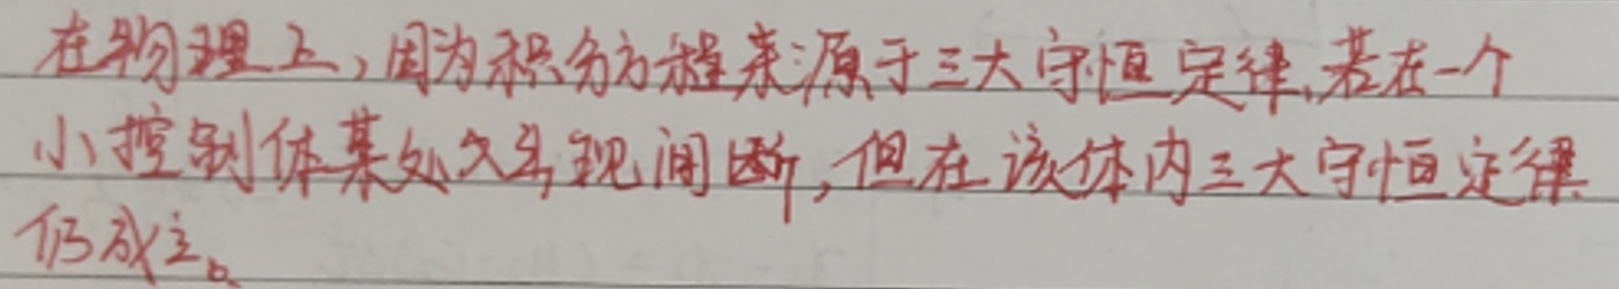
在物理上，因为积分方程来源于三大守恒定律，若在一个小控制体某处又出现间断，但在该体内三大守恒定律仍成立。